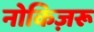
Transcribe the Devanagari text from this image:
नोकिज़रू